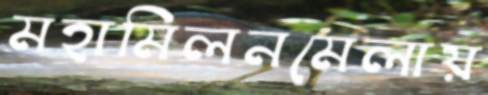
মহামিলনমেলায়